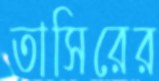
তাসিরের